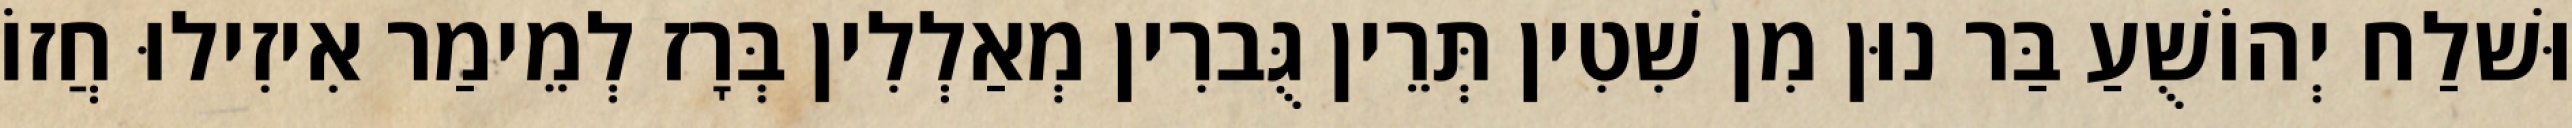
וּשׁלַח יְהוֹשֻׁעַ בַּר נוּן מִן שִׁטִין תְּרֵין גֻּברִין מְאַלְלִין בְּרָז לְמֵימַר אִיזִילוּ חֲזוֹ